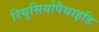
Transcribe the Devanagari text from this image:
रियुसियोपैथाइडि